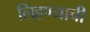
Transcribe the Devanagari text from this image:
लिहण्याची